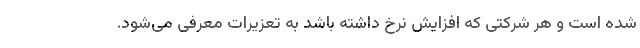
شده است و هر شرکتی که افزایش نرخ داشته باشد به تعزیرات معرفی می‌شود.